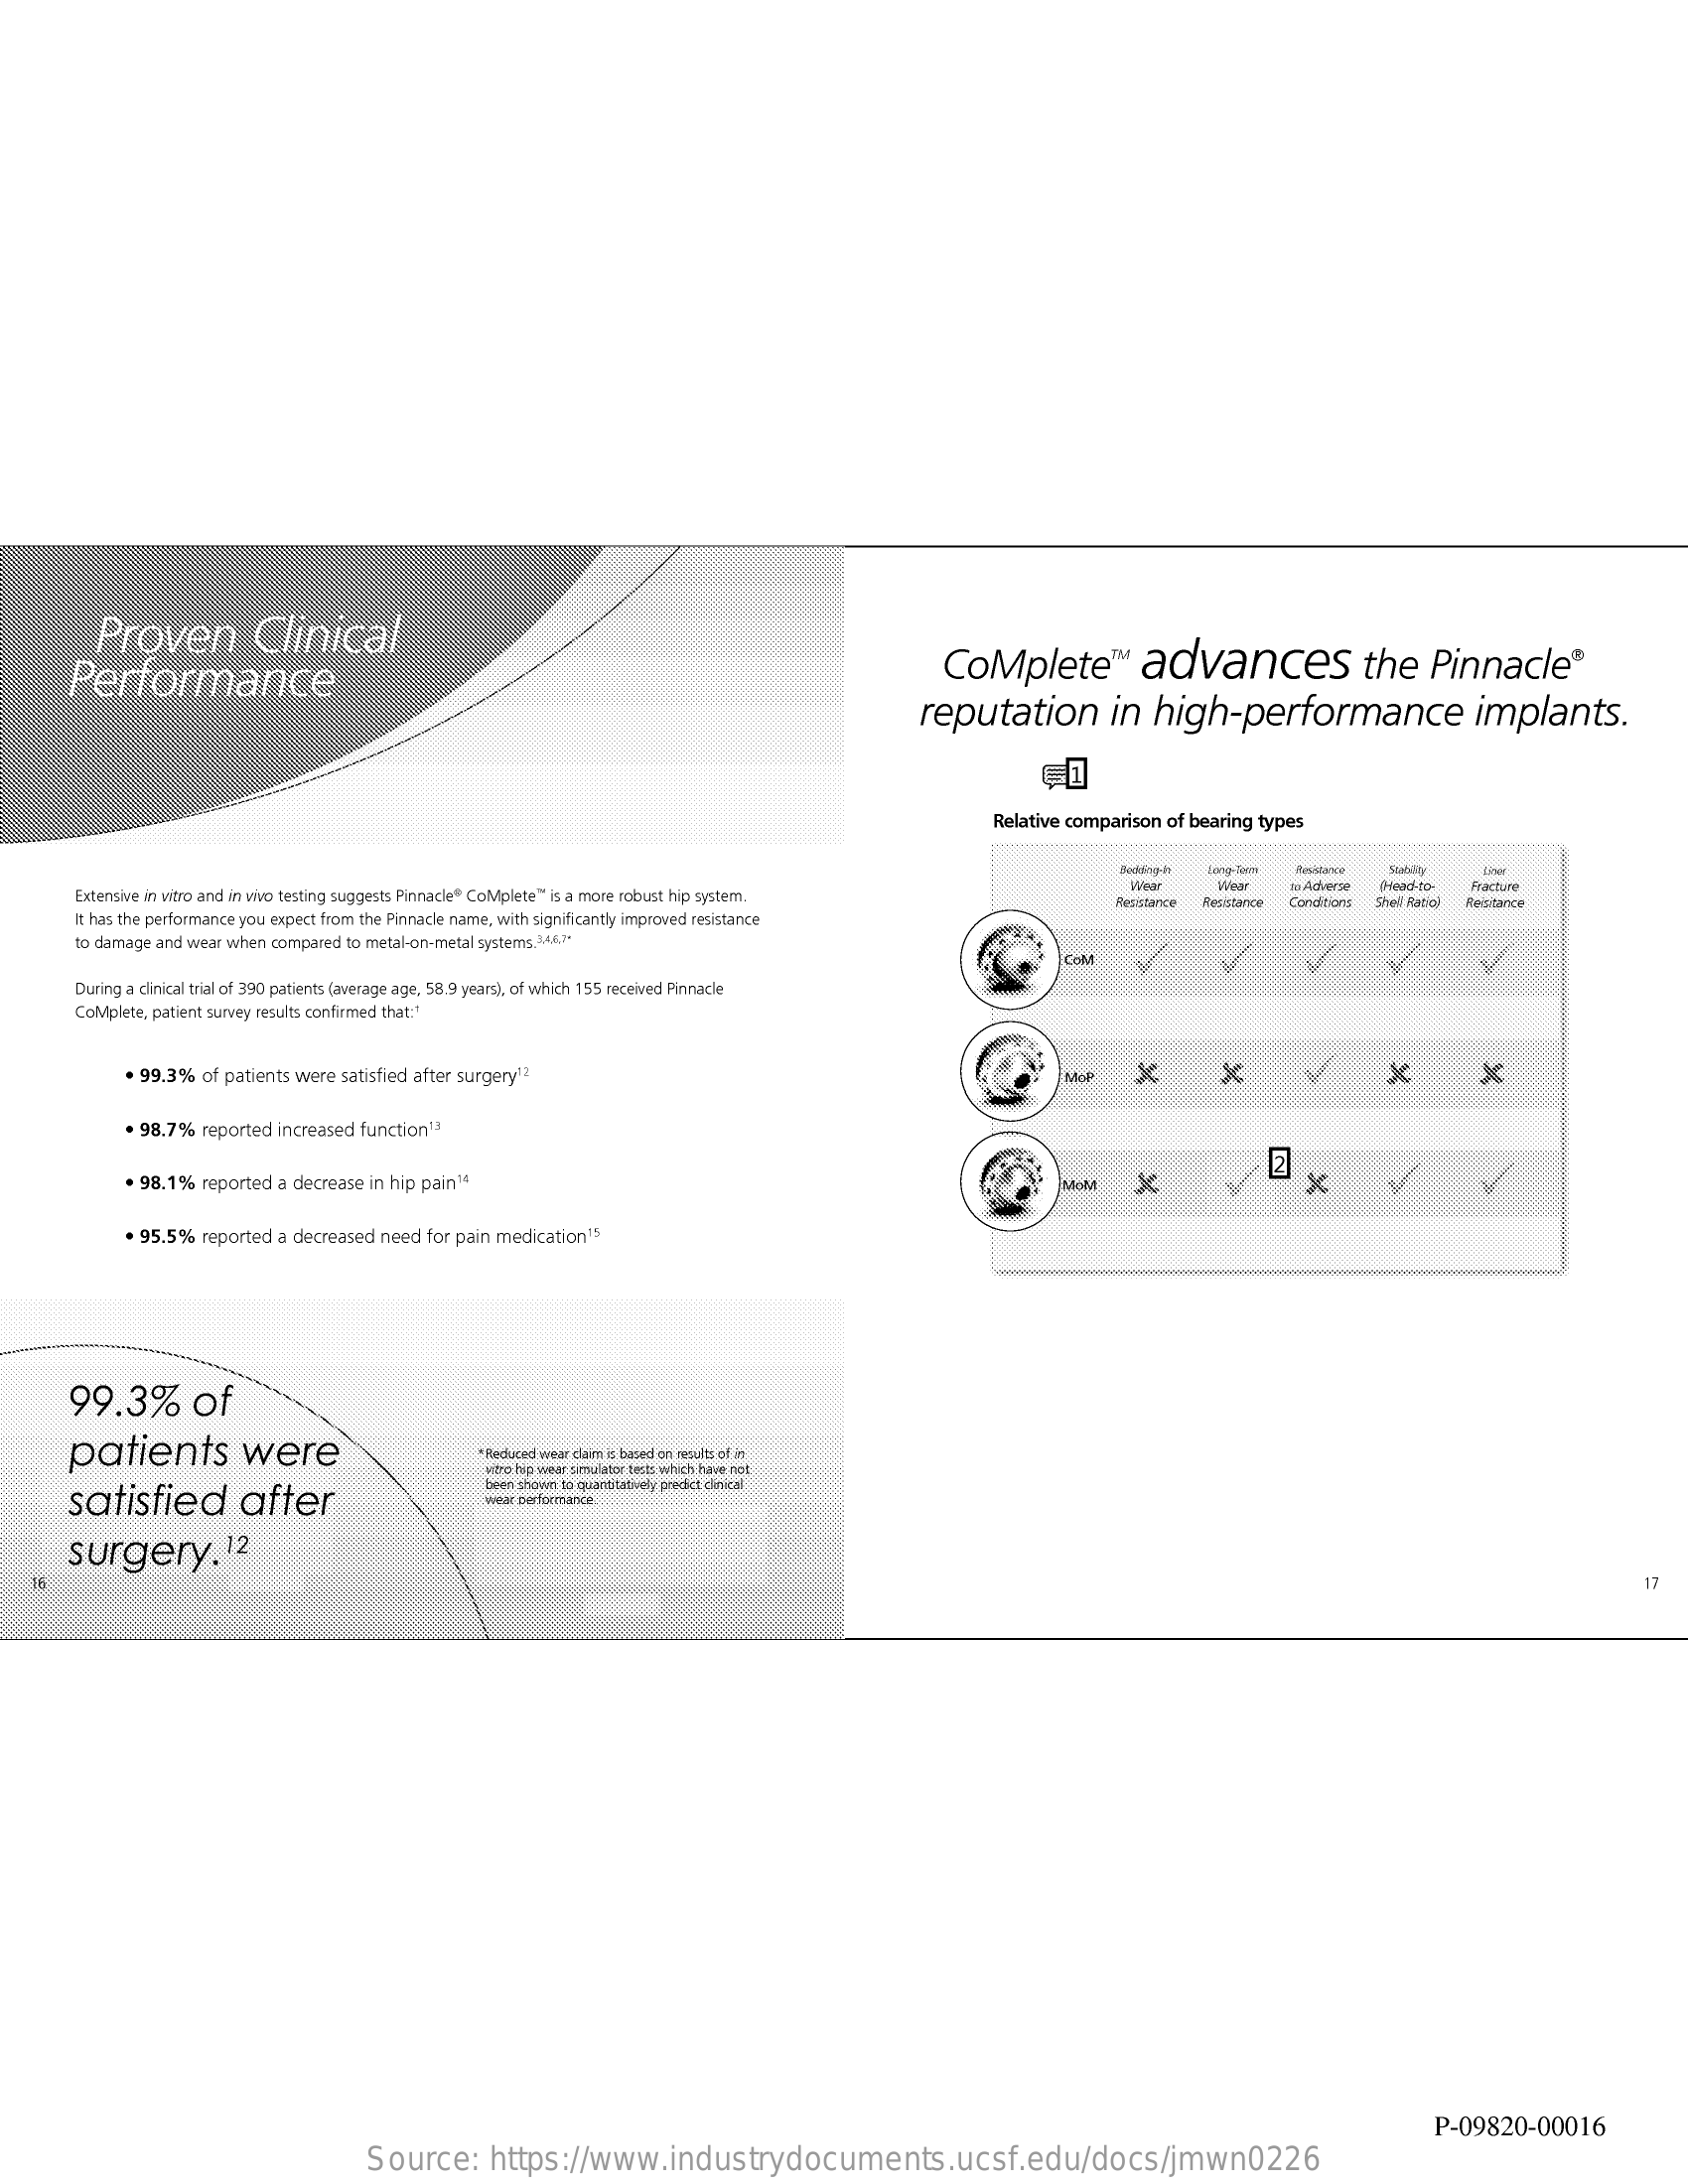
Proven    Clinical
     Performance    Complete    ™   advances    the    Pinnacle®
     reputation    in   high-performance    implants.
     Relative comparison of bearing types
     Extensive in vitro and in wvo testing suggests Pinnacle" Complete" is a more robust hip system.
     Woor    la Adverse Head-to-   Fracture
     Retutance
     It has the performance you expect from the Pinnacle name, with significantly improved resistance
     Cond'hont Shel Rato) Feistance
     to damage and wear when compared to metal-on-metal systems.346.1'
     COM
     During a clinical trial of 390 patients (average age, 58.9 years), of which 155 received Pinnacle
     Complete, patient survey results confirmed that:t
     99.3%  of patients were satisfied after surgery12    McP    ×    ×    ×
     . 98.7%  reported increased function13
     . 98.1%  reported a decrease in hip pain14    ×    ×
     . 95.5%  reported a decreased need  for pain medication 15
     99.3%    of
     patients    were    Reduced wear daim is based on results of in
     wto bip wear simulator tests which have not
     satisfied    after
     been shown to quandtativey predict dinical
     wear performance
     surgery.12
    16    17
     P-09820-00016
     Source:    https://www.industrydocuments.ucsf.edu/docs/jmwn0226